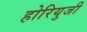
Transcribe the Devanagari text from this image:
होरियुजी